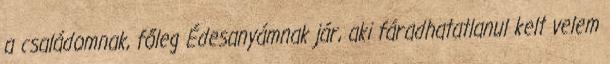
a családomnak, főleg Édesanyámnak jár, aki fáradhatatlanul kelt velem